Leaving Certificate Examination (including Day School Certificate (Higher) General paper), 1936
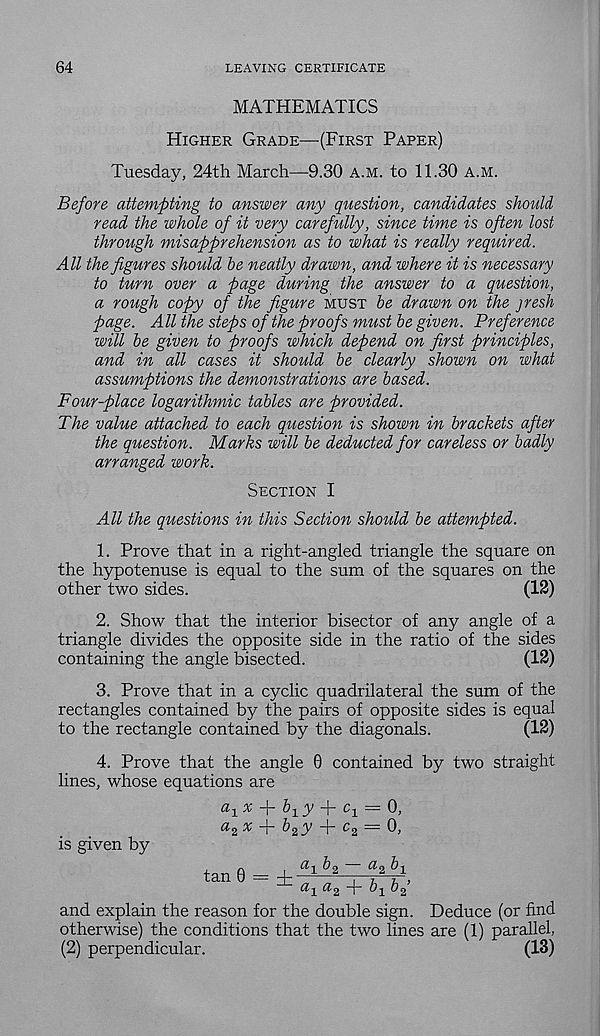
64
LEAVING CERTIFICATE
MATHEMATICS
Higher Grade—(First Paper)
Tuesday, 24th March—9.30 a.m. to 11.30 A.M.
Before attempting to answer any question, candidates should
read the whole of it very carefully, since time is often lost
through misapprehension as to what is really required.
All the figures should he neatly drawn, and where it is necessary
to turn over a page during the answer to a question,
a rough copy of the figure must be drawn on the jresh
page. All the steps of the proofs must he given. Preference
will he given to proofs which depend on first principles,
and in all cases it should he clearly shown on what
assumptions the demonstrations are based.
Four-place logarithmic tables are provided.
The value attached to each question is shown in brackets after
the question. Marks will he deducted for careless or badly
arranged work.
Section I
All the questions in this Section should he attempted.
1. Prove that in a right-angled triangle the square on
the hypotenuse is equal to the sum of the squares on the
other two sides.
(12)
2. Show that the interior bisector of any angle of a
triangle divides the opposite side in the ratio of the sides
containing the angle bisected.
(12)
3. Prove that in a cyclic quadrilateral the sum of the
rectangles contained by the pairs of opposite sides is equal
to the rectangle contained by the diagonals.
(12)
4. Prove that the angle 0 contained by two straight
lines, whose equations are
a x x
b 1 y
c 1 — 0,
a z x fi- h 2 y + c 2 = 0,
is given by
tan 0 = hi'
f^ t)2
h^
T
+ Zq bf
and explain the reason for the double sign. Deduce (or find
otherwise) the conditions that the two lines are (1) parallel,
(2) perpendicular.
(13)